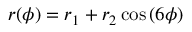
r ( \phi ) = r _ { 1 } + r _ { 2 } \cos { ( 6 \phi ) }